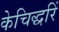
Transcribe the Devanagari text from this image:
केचिद्धरिं